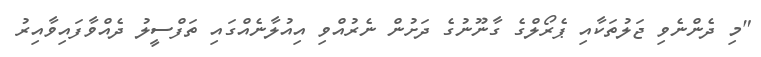
"މި ދެންނެވި ޖަލުތަކާއި ޕެރޯލްގެ ގާނޫނުގެ ދަށުން ނެރުއްވި އިއުލާނެއްގައި ތަފްސީލު ދެއްވާފައިވާއިރު